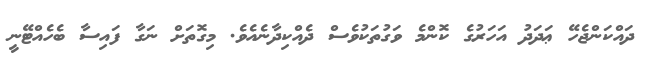
ދައްކަންޖެހޭ ޢަދަދު އަހަރުގެ ކޮންމެ ވަގުތަކުވެސް ދެއްކިދާނެއެވެ. މިގޮތަށް ނަގާ ފައިސާ ބެހެއްޓޭނީ